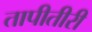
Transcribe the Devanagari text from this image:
तापीतीरी